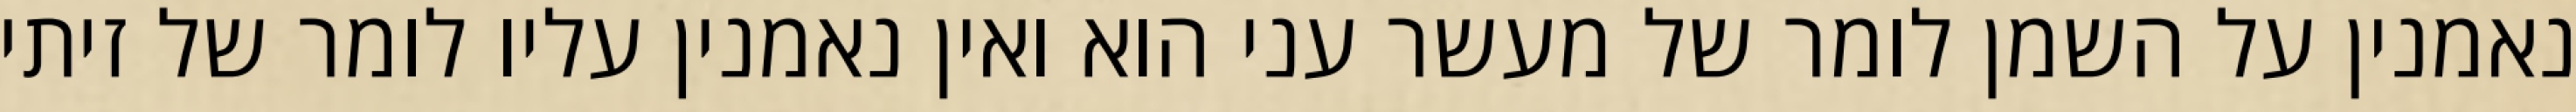
נאמנין על השמן לומר של מעשר עני הוא ואין נאמנין עליו לומר של זיתי